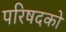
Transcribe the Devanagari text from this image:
परिषदको